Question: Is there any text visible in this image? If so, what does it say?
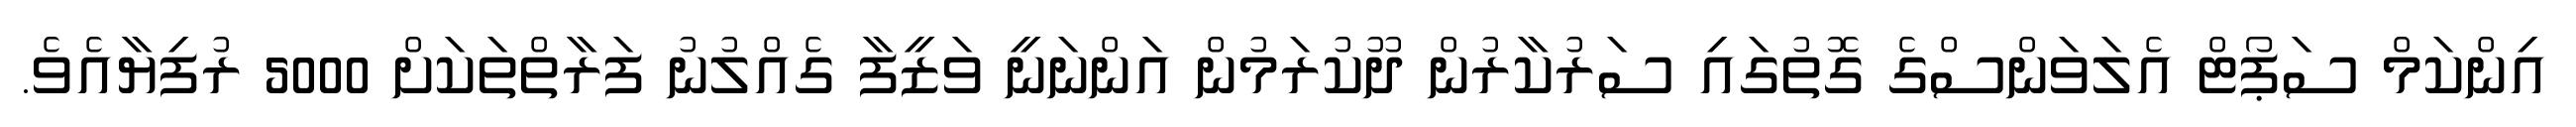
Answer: އިންކަމް ސަޕޯޓް އެލަވަންސްގެ ގޮތުގައި ސަރުކާރުން ދޫކުރަމުން އަންނަނީ ވަޒީފާ ގެއްލުނު ފަރާތްތަކަށް 5000 ރުފިޔާއެވެ.